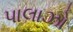
પાલાઝો